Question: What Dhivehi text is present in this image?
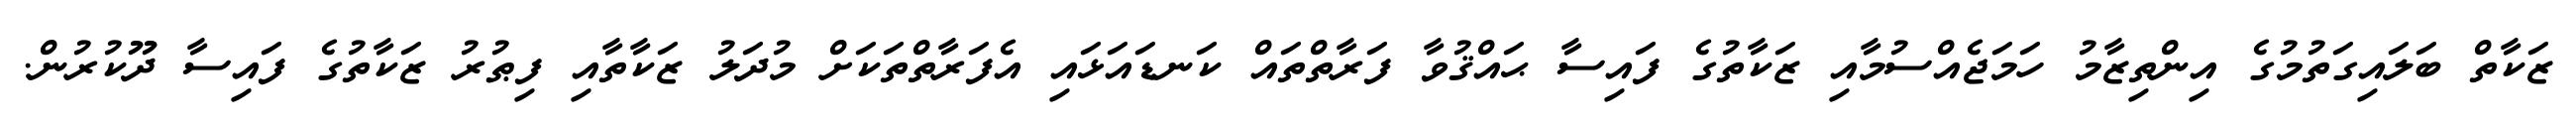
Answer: ޒަކާތް ބަލައިގަތުމުގެ އިންތިޒާމު ހަމަޖެއްސުމާއި ޒަކާތުގެ ފައިސާ ޙައްޤުވާ ފަރާތްތައް ކަނޑައަޅައި އެފަރާތްތަކަށް މުދަލު ޒަކާތާއި ފިޠުރު ޒަކާތުގެ ފައިސާ ދޫކުރުން.